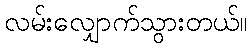
လမ်းလျှောက်သွားတယ်။